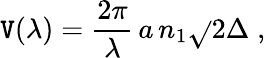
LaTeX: \mathtt{V}(\lambda)=\frac{{2\pi}}{{\lambda}}\, a\, n_{1}\sqrt{}{{2\Delta}}\; ,